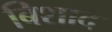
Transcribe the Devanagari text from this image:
बिशाद